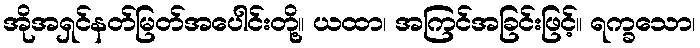
အိုအရှင်နတ်မြတ်အပေါင်းတို့။ ယထာ၊ အကြင်အခြင်းဖြင့်။ ရက္ခသော၊